Indian journal of veterinary science and animal husbandry - Volume 1,
Year: 1931
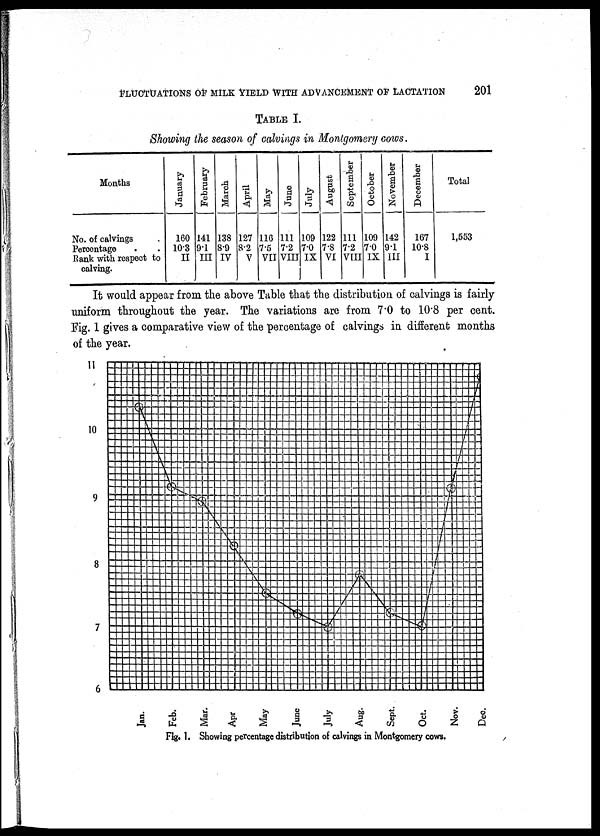
FLUCTUATIONS OF MILK YIELD WITH ADVANCEMENT OF LACTATION 201
TABLE I.
Showing the season of calvings in Montgomery cows.
Months
No. of calvings
Percentage
Rank with respect to
calving.
January
160
10.3
II
February
141
9.1
III
March
138
8.9
IV
April
127
8.2
V
May
116
7.5
VII
June
111
7.2
VIII
July
109
7.0
IX
August
122
7.8
VI
September
111
7.2
VIII
October
109
7.0
IX
November
142
9.1
III
December
167
10.8
I
Total
1,553
It would appear from the above Table that the distribution of calvings is fairly
uniform throughout the year. The variations are from 7.0 to 10.8 per cent.
Fig. 1 gives a comparative view of the percentage of calvings in different months
of the year.
Fig. 1. Showing percentage distribution of calvings in Montgomery cows.